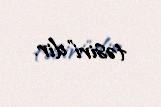
təsiri"dir.